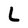
Character: L